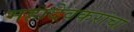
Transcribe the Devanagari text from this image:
महादेवकरांचा